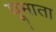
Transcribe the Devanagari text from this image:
घूमाता